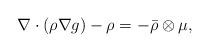
LaTeX: \begin{align*} \nabla \cdot(\rho \nabla g) - \rho = -\bar \rho \otimes \mu, \end{align*}